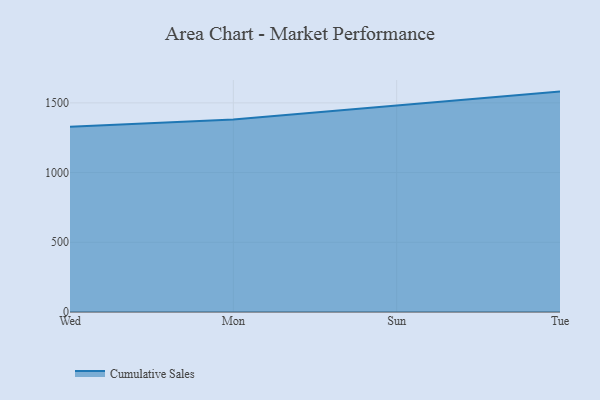
{"axis": {"x": "Day", "y": "Net Income (USD K)"}, "legend": ["Cumulative Sales"], "data": [{"x": "Wed", "y": 1329.3, "type": "Cumulative Sales"}, {"x": "Mon", "y": 1380.0, "type": "Cumulative Sales"}, {"x": "Sun", "y": 1480.9, "type": "Cumulative Sales"}, {"x": "Tue", "y": 1580.8, "type": "Cumulative Sales"}]}